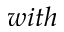
w i t h